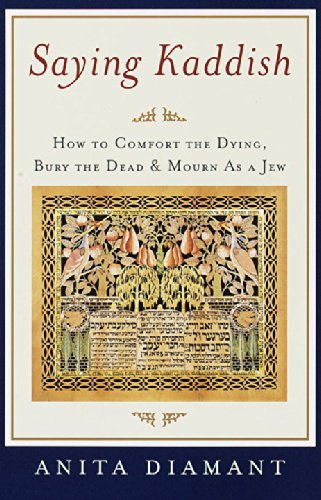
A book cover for Saying Kaddish: How to Comfort the Dying, Bury the Dead, and Mourn as a Jew; Anita Diamant; Religion & Spirituality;